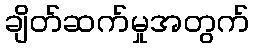
ချိတ်ဆက်မှုအတွက်